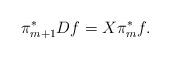
LaTeX: \begin{align*} \pi^*_{m+1}Df=X\pi_m^*f.\end{align*}